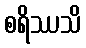
စရိဿသိ